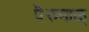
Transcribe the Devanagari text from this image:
पॆरुमाळ्